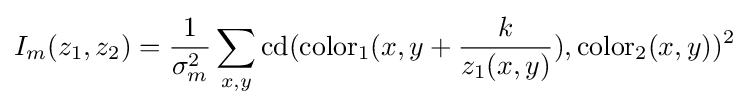
I_{m}(z_{1},z_{2})={\frac {1}{\sigma _{m}^{2}}}\sum _{x,y}\operatorname {cd} (\operatorname {color} _{1}(x,y+{\frac {k}{z_{1}(x,y)}}),\operatorname {color} _{2}(x,y))^{2}